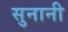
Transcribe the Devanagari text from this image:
सुनानी